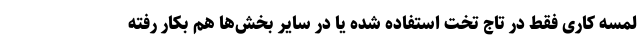
لمسه کاری فقط در تاج تخت استفاده شده یا در سایر بخش‌ها هم بکار رفته